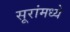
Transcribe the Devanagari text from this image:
सूरांमध्ये